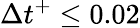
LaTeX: \Delta t^{+}\leq 0.02